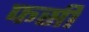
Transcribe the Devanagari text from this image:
फर्सी